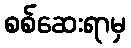
စစ်ဆေးရာမှ